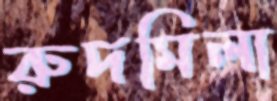
রুদমিলা